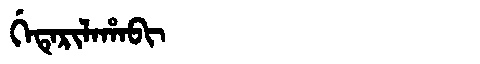
Manchu: ᡤᡝᡨᡝᡵᡳᠯᠠᡥᠠᠪᡳ
Romanization: GETERILAHABI